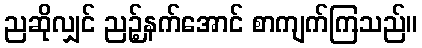
ညဆိုလျှင် ညဉ့်နက်အောင် စာကျက်ကြသည်။